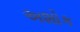
અશોક